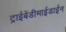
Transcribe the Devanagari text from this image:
ट्राईबेंडीमाईडाईन